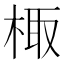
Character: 棷